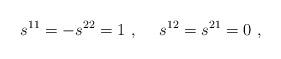
LaTeX: \begin{align*}s^{11} = - s^{22} = 1~,~~~~s^{12}=s^{21}=0 ~,\end{align*}